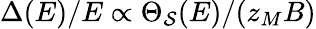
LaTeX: \Delta(E)/E\propto\Theta_{\mathcal{S}}(E)/(z_{M}B)